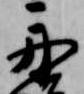
舟